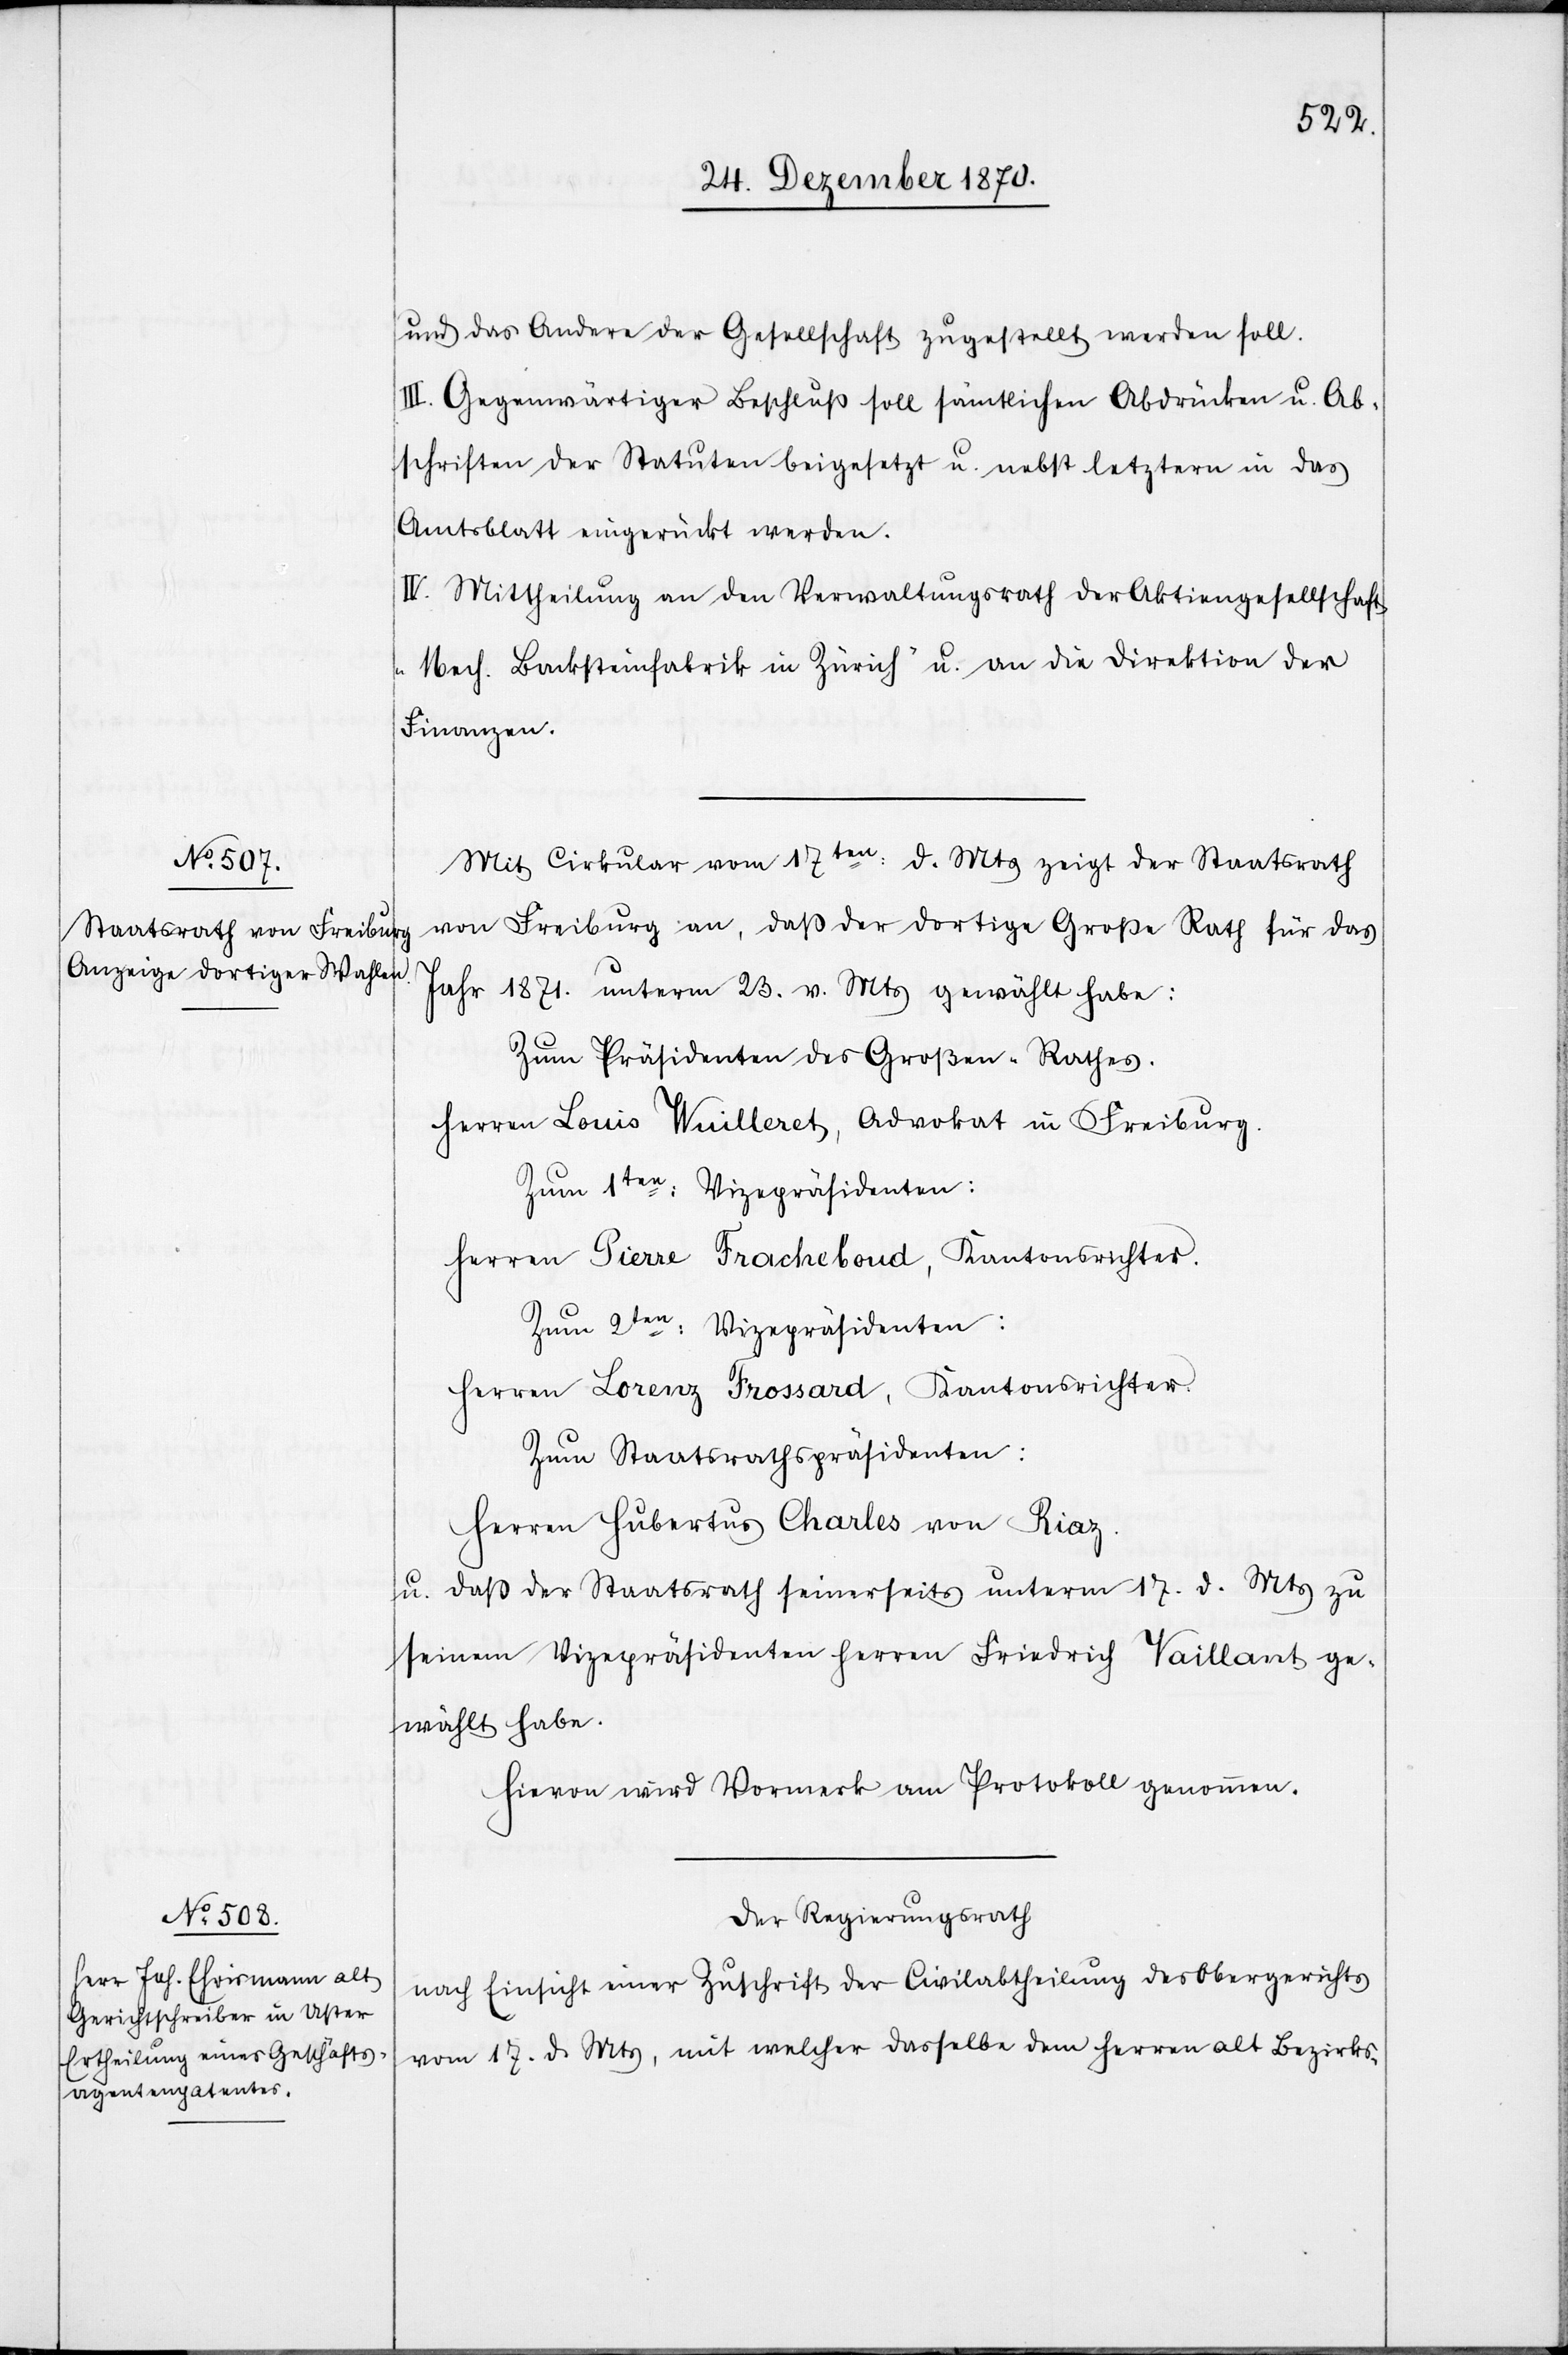
und das Andere der Gesellschaft zugestellt werden soll.
III. Gegenwärtiger Beschluß soll sämtlichen Abdrücken u. Ab¬
schriften der Statuten beigesetzt u. nebst letztern in das
Amtsblatt eingerückt werden.
IV. Mittheilung an den Verwaltungsrath der Aktiengesellschaft
„Mech. Backsteinfabrik in Zürich“ u. an die Direktion der
Finanzen.
Mit Cirkular vom 17ten: d. Mts zeigt der Staatsrath
von Freiburg an, daß der dortige Große Rath für das
Jahr 1871. unterm 23. v. Mts gewählt habe:
Zum Präsidenten des Großen-Rathes.
Herren Louis Wuilleret, Advokat in Freiburg.
Zum 1ten: Vizepräsidenten:
Herren Pierre Fracheboud, Kantonsrichter.
Zum 2ten: Vizepräsidenten:
Herren Lorenz Frossard, Kantonsrichter.
Zum Staatsrathspräsidenten:
Herren Hubertus Charles von Riaz.
u. daß der Staatsrath seinerseits unterm 17. d. Mts zu
seinem Vizepräsidenten Herren Friedrich Vaillant ge¬
wählt habe.
Hievon wird Vormerk am Protokoll genommen.
Der Regierungsrath
nach Einsicht einer Zuschrift der Civilabtheilung des Obergerichts
vom 17. d. Mts, mit welcher dasselbe den Herren alt Bezirks-